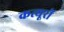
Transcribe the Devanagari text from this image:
कत्यूरों